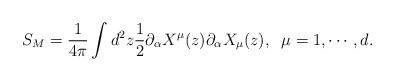
LaTeX: \begin{align*}S_{M}=\frac{1}{4\pi }\int d^{2}z\frac{1}{2}\partial _{\alpha }X^{\mu }(z)\partial _{\alpha }X_{\mu }(z), \; \; \mu =1,\cdots ,d.\end{align*}